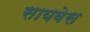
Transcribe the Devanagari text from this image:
सायबेस